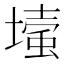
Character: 𡐬